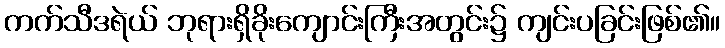
ကက်သီဒရဲယ် ဘုရားရှိခိုးကျောင်းကြီးအတွင်း၌ ကျင်းပခြင်းဖြစ်၏။